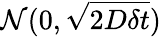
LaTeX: \mathcal{N}(0,\sqrt{2D\delta t})